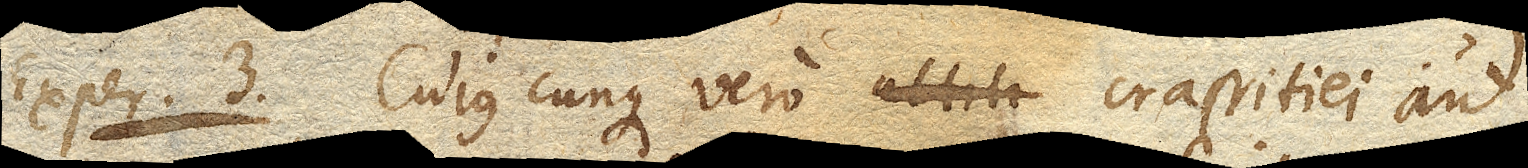
Exper. 3. Cujuscunque vero crassitiei aut